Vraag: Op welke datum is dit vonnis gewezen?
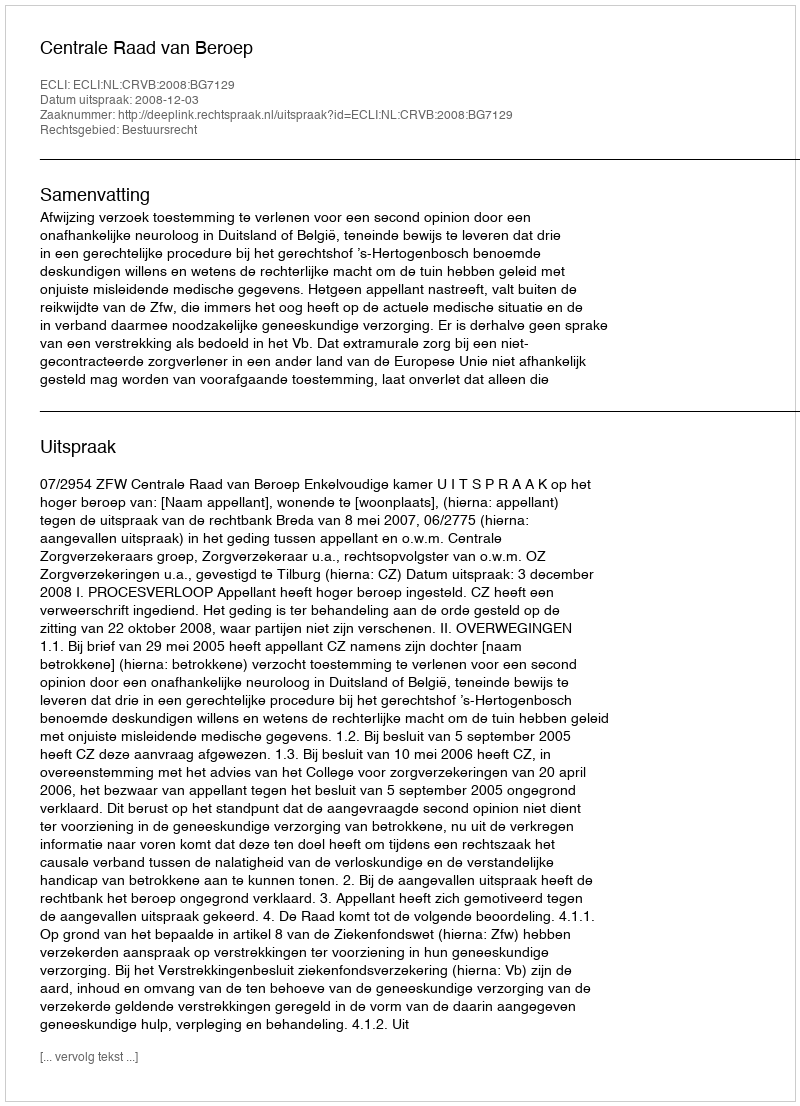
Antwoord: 2008-12-03